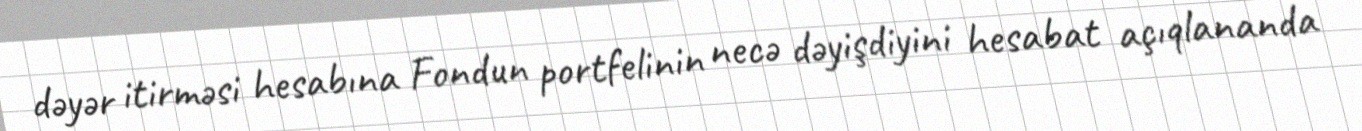
dəyər itirməsi hesabına Fondun portfelinin necə dəyişdiyini hesabat açıqlananda